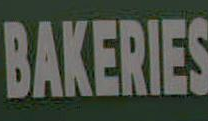
BAKERIES